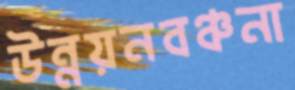
উন্নয়নবঞ্চনা